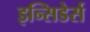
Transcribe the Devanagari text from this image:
इन्सिडेर्स